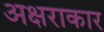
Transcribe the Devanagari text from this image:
अक्षराकार